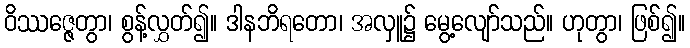
ဝိဿဇ္ဇေတွာ၊ စွန့်လွှတ်၍။ ဒါနဘိရတော၊ အလှူ၌ မွေ့လျော်သည်။ ဟုတွာ၊ ဖြစ်၍။